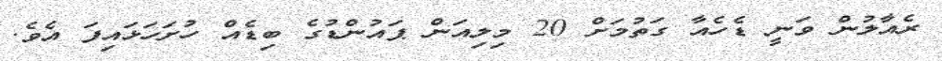
ރެއާލުން ވަނީ ޑެހެއާ ގަތުމަށް 20 މިލިއަން ޕައުންޑުގެ ބިޑެއް ހުށަހަޅައިފަ އެވެ.